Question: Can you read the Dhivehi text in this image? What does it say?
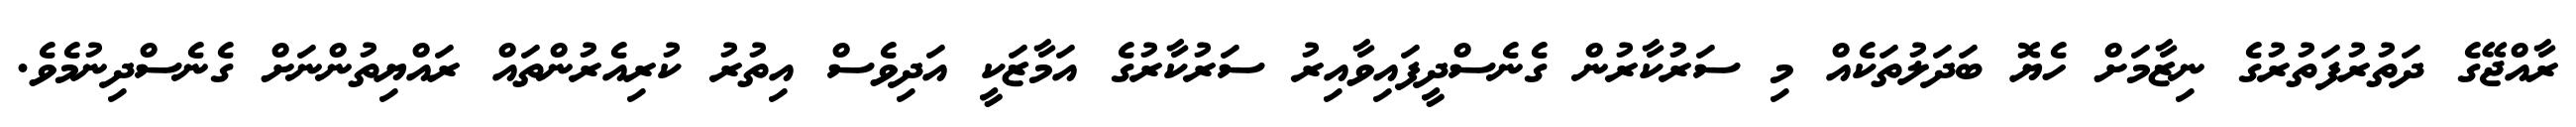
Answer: ރާއްޖޭގެ ދަތުރުފަތުރުގެ ނިޒާމަށް ހެޔޮ ބަދަލުތަކެއް މި ސަރުކާރުން ގެނެސްދީފައިވާއިރު ސަރުކާރުގެ އަމާޒަކީ އަދިވެސް އިތުރު ކުރިއެރުންތައް ރައްޔިތުންނަށް ގެނެސްދިނުމެވެ.